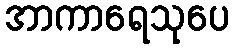
အာကာရေသုပေ